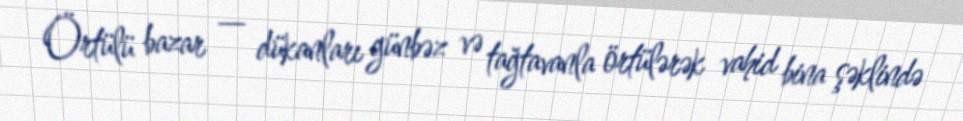
Örtülü bazar — dükanları günbəz və tağtavanla örtülərək vahid bina şəklində